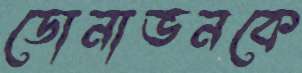
ডোনাভনকে